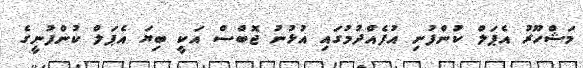
މަޝްހޫރު އެޕަލް ކުންފުނި އުފެއްދުމުގައި އުޅުނު ޖޮބްސް އަކީ ބިޔަ އެޕަލް ކުންފުނީގެ